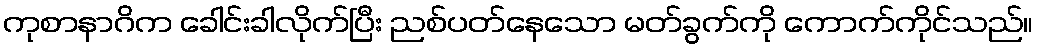
ကုစာနာဂိက ခေါင်းခါလိုက်ပြီး ညစ်ပတ်နေသော မတ်ခွက်ကို ကောက်ကိုင်သည်။